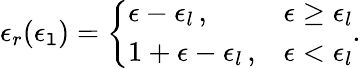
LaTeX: \epsilon_{r}(\epsilon_{\mathtt{l}})=\left\{ \begin{array}{ll}{\epsilon-\epsilon_{l}\, ,}&{\epsilon\geq\epsilon_{l}}\\ {1+\epsilon-\epsilon_{l}\, ,}&{\epsilon<\epsilon_{l}}\end{array}\right..